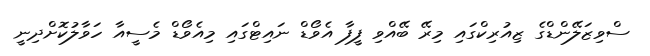
ސްވިޒަލޭންޑްގެ ޒިއުރިކްގައި މިރޭ ބޭއްވި ފީފާ އެވޯޑް ނައިޓްގައި މިއެވޯޑް މެސީއާ ހަވާލުކޮށްދިނީ